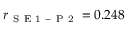
r _ { \mathrm { ~ S ~ E ~ 1 ~ - ~ P ~ 2 ~ } } = 0 . 2 4 8